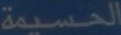
الخسيمة